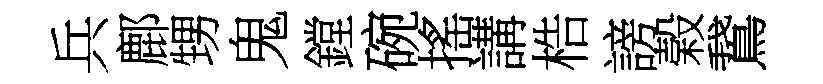
兵鄜甥鬼鏜碗搖講梏謗榖鵞